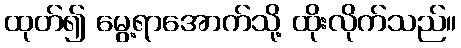
ထုတ်၍ မွေ့ရာအောက်သို့ ထိုးလိုက်သည်။